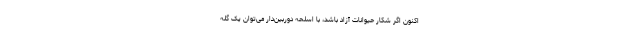
اکنون اگر شکار حیوانات آزاد باشد، با اسلحه دوربین‌دار می‌توان یک گله